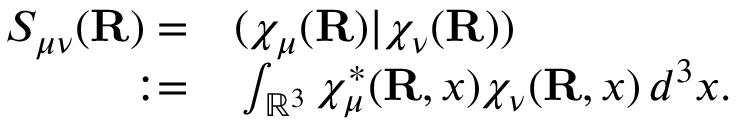
\begin{array} { r l } { S _ { \mu \nu } ( { \mathbf { R } } ) = } & { { } ( \chi _ { \mu } ( { \mathbf { R } } ) | \chi _ { \nu } ( { \mathbf { R } } ) ) } \\ { : = } & { { } \int _ { \mathbb { R } ^ { 3 } } \chi _ { \mu } ^ { * } ( { \mathbf { R } } , \boldsymbol { x } ) \chi _ { \nu } ( { \mathbf { R } } , \boldsymbol { x } ) \, d ^ { 3 } \boldsymbol { x } . } \end{array}